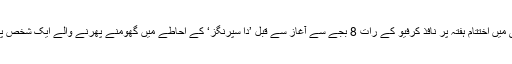
میڈیا رپورٹ کے مطابق دبئی میں اختتام ہفتہ پر نافذ کرفیو کے رات 8 بجے سے آغاز سے قبل ’دا سپرنگز‘ کے احاطے میں گھومنے پھرنے والے ایک شخص پر یہ جرمانہ عاید کیا گیا ہے۔